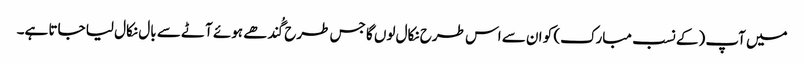
میں آپ (کے نسب مبارک) کو ان سے اس طرح نکال لوں گا جس طرح گُندھے ہوئے آٹے سے بال نکال لیا جاتا ہے۔